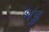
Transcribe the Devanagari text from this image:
भंडु